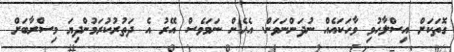
ގޮތަކަށް އިސްލާހުވި ވާހަކައެއް ނުދަންނަވަން. އެހެން ނަމަވެސް އޭރު އެ ދަތުރުކުރަމުންދިޔަ މިސްރާބަށް